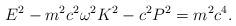
LaTeX: \begin{align*}E^{2}-m^{2}c^{2}\omega^{2}K^{2}-c^{2}P^{2}=m^{2}c^{4} . \end{align*}